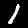
Label: 1